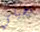
تخيلي